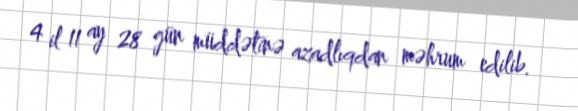
4 il 11 ay 28 gün müddətinə azadlıqdan məhrum edilib.